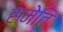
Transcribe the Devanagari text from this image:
समेति